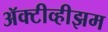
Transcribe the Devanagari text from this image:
ॲक्टीव्हीझम